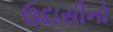
ઉદાસીનો